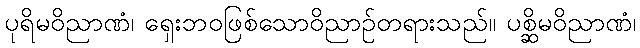
ပုရိမဝိညာဏံ၊ ရှေးဘဝဖြစ်သောဝိညာဉ်တရားသည်။ ပစ္ဆိမဝိညာဏံ၊